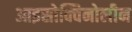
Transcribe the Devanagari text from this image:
आइसोक्विनोलीन